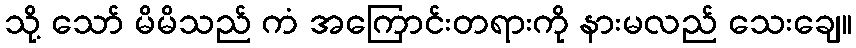
သို့ သော် မိမိသည် ကံ အကြောင်းတရားကို နားမလည် သေးချေ။